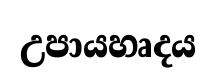
උපායහෘදය